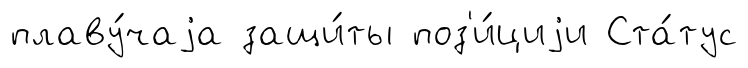
плаву́чаjа защи́ты поз'и́циjи Ста́тус